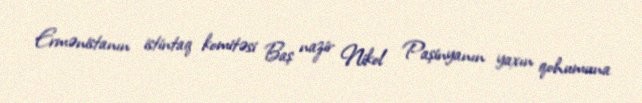
Ermənistanın istintaq komitəsi Baş nazir Nikol Paşinyanın yaxın qohumuna